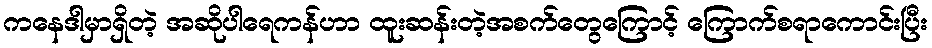
ကနေဒါမှာရှိတဲ့ အဆိုပါရေကန်ဟာ ထူးဆန်းတဲ့အစက်တွေကြောင့် ကြောက်စရာကောင်းပြီး